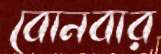
বোনবার